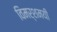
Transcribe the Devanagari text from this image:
विमर्शमयी